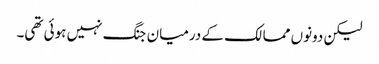
لیکن دونوں ممالک کے درمیان جنگ نہیں ہوئی تھی۔